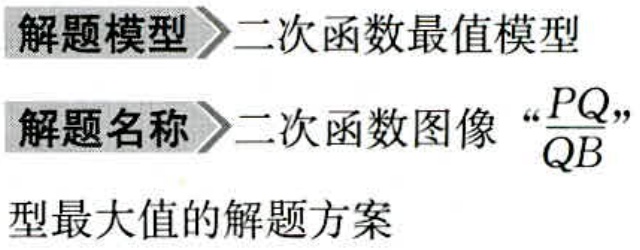
解题模型$\rhd$二次函数最值模型
解题名称$\rhd$二次函数图像“$\frac{PQ}{QB}$”型最大值的解题方案